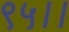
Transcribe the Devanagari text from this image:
९५।।